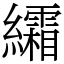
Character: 䌮